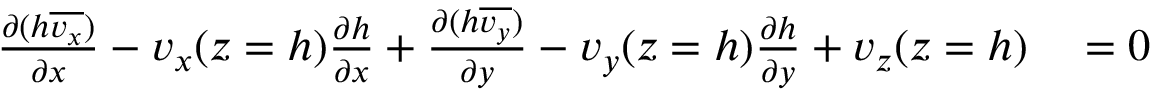
\begin{array} { r l } { \frac { \partial ( h \overline { { v _ { x } } } ) } { \partial x } - v _ { x } ( z = h ) \frac { \partial h } { \partial x } + \frac { \partial ( h \overline { { v _ { y } } } ) } { \partial y } - v _ { y } ( z = h ) \frac { \partial h } { \partial y } + v _ { z } ( z = h ) } & { { } = 0 } \end{array}